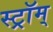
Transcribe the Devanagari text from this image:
स्ट्रॉम्‌